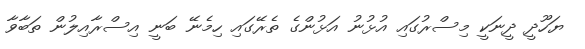
ޔަހޫދީ ދީނަކީ މިސްރުގައި އުޅުނު އަޅުންގެ ތެރޭގައި ހިމެނޭ ބަނީ އިސްރާއިލުން ތަބާވާ